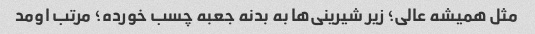
مثل همیشه عالی؛ زیر شیرینی‌ها به بدنه جعبه چسب خورده؛ مرتب اومد